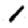
Digit: 1